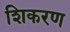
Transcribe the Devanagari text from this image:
शिकरण